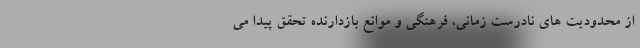
از محدودیت های نادرست زمانی، فرهنگی و موانع بازدارنده تحقق پیدا می